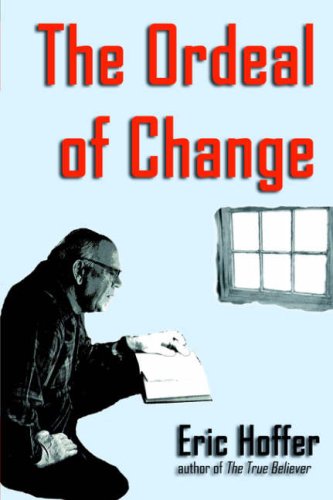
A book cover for The Ordeal of Change; Eric Hoffer; Politics & Social Sciences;